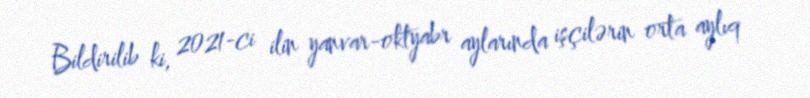
Bildirilib ki, 2021-ci ilin yanvar-oktyabr aylarında işçilərin orta aylıq